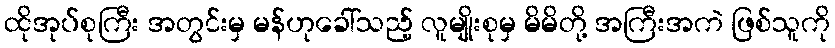
ထိုအုပ်စုကြီး အတွင်းမှ မန်ဟုခေါ်သည့် လူမျိုးစုမှ မိမိတို့ အကြီးအကဲ ဖြစ်သူကို